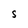
Character: S